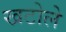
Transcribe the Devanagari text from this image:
खटोले